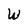
Character: W